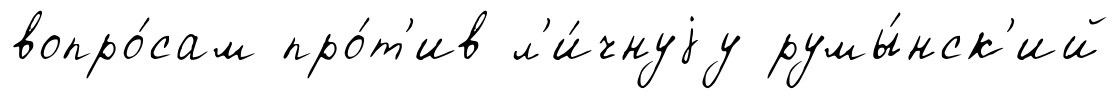
вопро́сам про́т'ив л'и́чнуjу румы́нск'ий